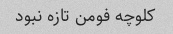
کلوچه فومن تازه نبود